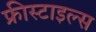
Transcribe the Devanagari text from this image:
फ्रीस्टाइल्स